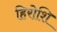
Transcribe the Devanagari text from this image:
हिरोशि